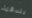
بندقية